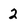
Character: 2